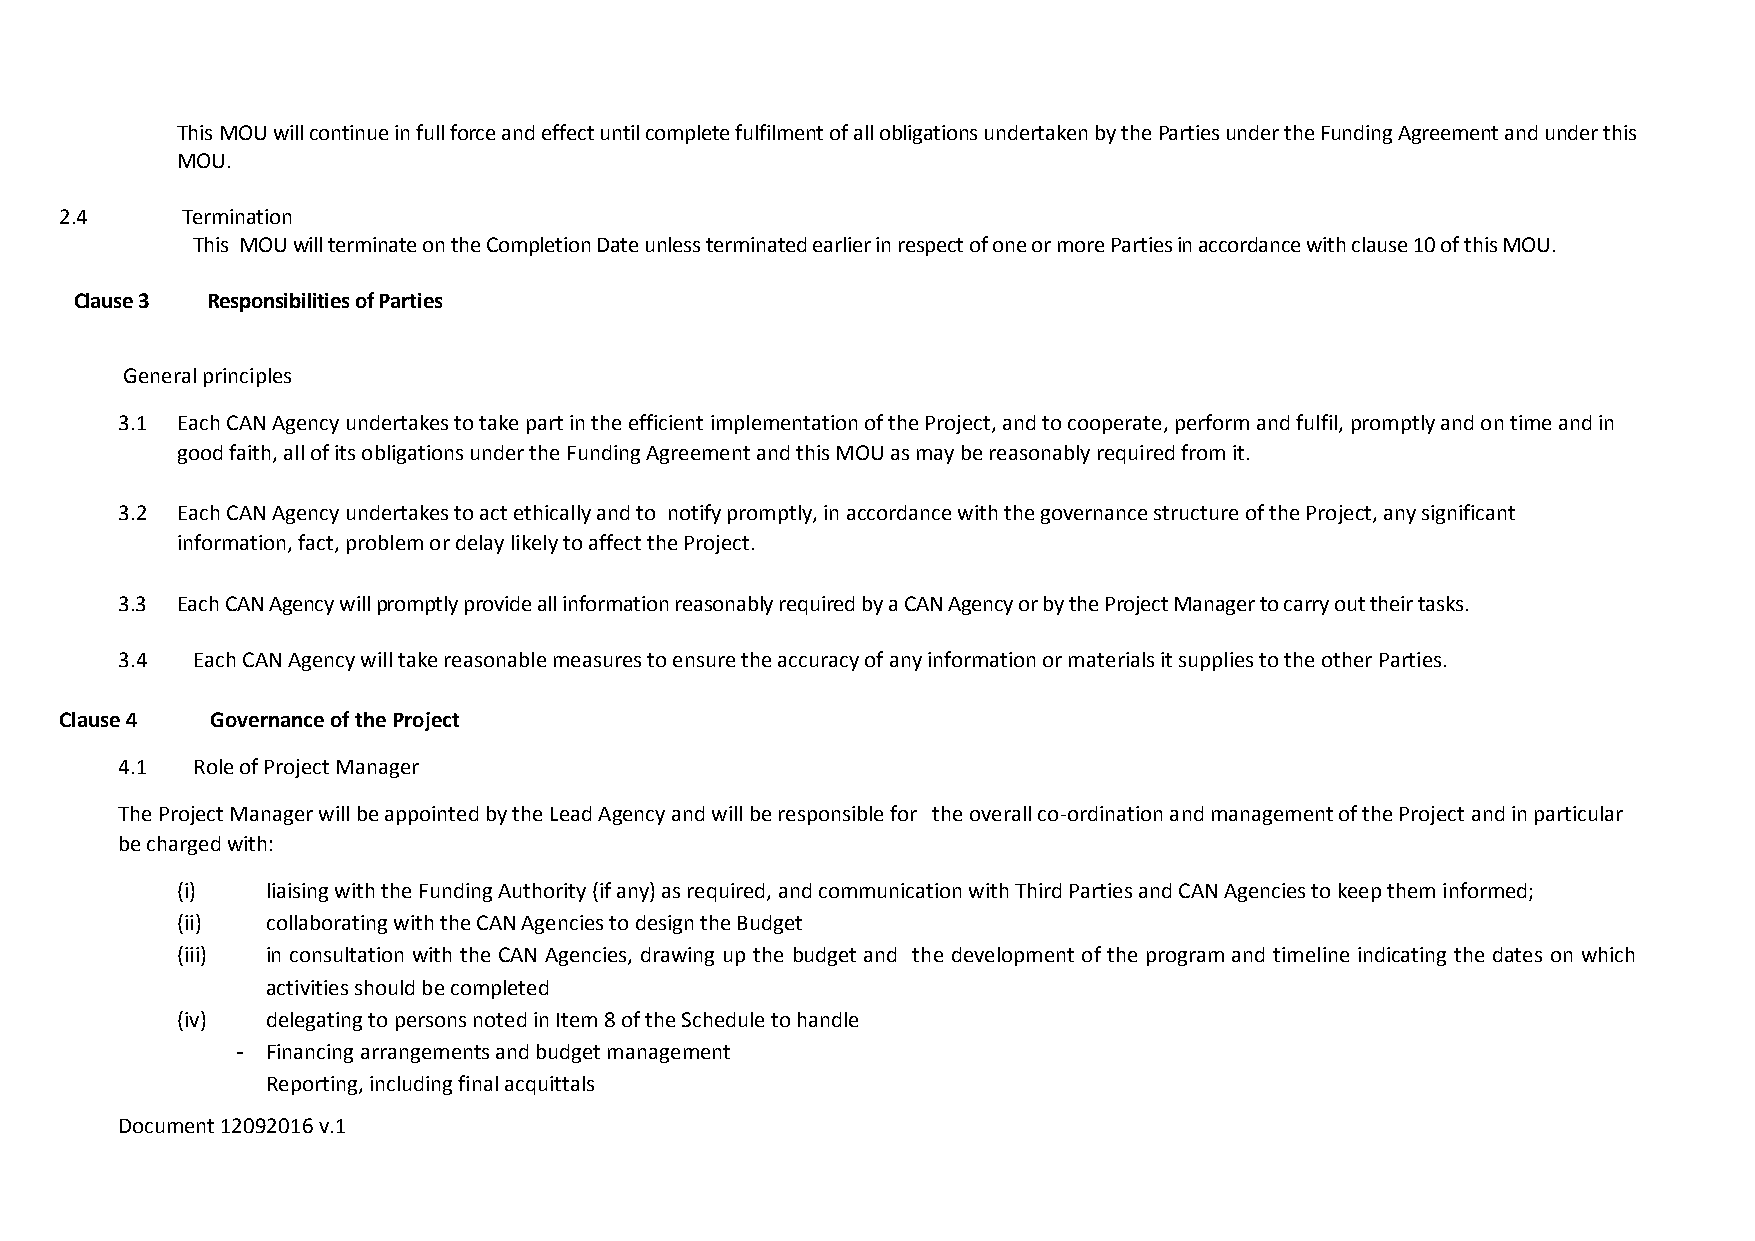
This MOU will continue in full force and effect until complete fulfilment of all obligations undertaken by the Parties under the Funding Agreement and under this
 MOU.
 2.4     Termination
 This MOU will terminate on the Completion Date unless terminated earlier in respect of one or more Parties in accordance with clause 10 of this MOU.
 Clause 3 Responsibilities of Parties
 General principles
 3.1 Each CAN Agency undertakes to take part in the efficient implementation of the Project, and to cooperate, perform and fulfil, promptly and on time and in
 good faith, all of its obligations under the Funding Agreement and this MOU as may be reasonably required from it.
 3.2 Each CAN Agency undertakes to act ethically and to notify promptly, in accordance with the governance structure of the Project, any significant
 information, fact, problem or delay likely to affect the Project.
 3.3 Each CAN Agency will promptly provide all information reasonably required by a CAN Agency or by the Project Manager to carry out their tasks.
 3.4  Each CAN Agency will take reasonable measures to ensure the accuracy of any information or materials it supplies to the other Parties.
 Clause 4  Governance of the Project
 4.1  Role of Project Manager
 The Project Manager will be appointed by the Lead Agency and will be responsible for the overall co-ordination and management of the Project and in particular
 be charged with:
 (i)   liaising with the Funding Authority (if any) as required, and communication with Third Parties and CAN Agencies to keep them informed;
 (ii)  collaborating with the CAN Agencies to design the Budget
 (iii) in consultation with the CAN Agencies, drawing up the budget and the development of the program and timeline indicating the dates on which
 activities should be completed
 (iv)  delegating to persons noted in Item 8 of the Schedule to handle
 - Financing arrangements and budget management
 Reporting, including final acquittals
 Document 12092016 v.1